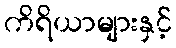
ကိရိယာများနှင့်